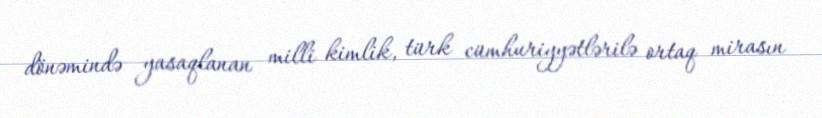
dönəmində yasaqlanan milli kimlik, türk cümhuriyyətlərilə ortaq mirasın